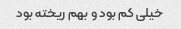
خیلی کم بود و بهم ریخته بود